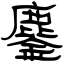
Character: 鏖